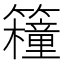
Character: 𥷈